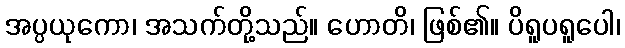
အပ္ပယုကော၊ အသက်တို့သည်။ ဟောတိ၊ ဖြစ်၏။ ပိရူပရူပေါ၊